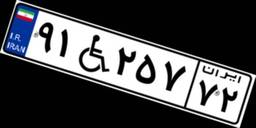
۳۲W۷۶۴۱۰